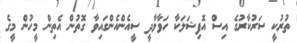
ތުރުކީ ސަރުކާރުގެ އިސް އޮފިޝަލަކާ ހަވާލާދީ ސީއެންއެންގައިވާ ގޮތުން އެތިން މީހުން މީގެ